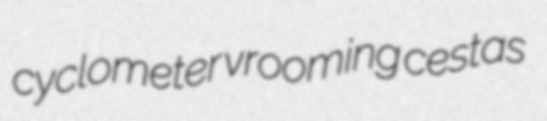
cyclometer vrooming cestas